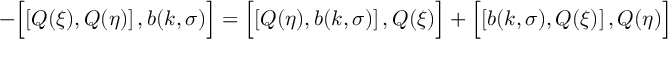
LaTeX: - \Bigl [ \left[ Q ( \xi ) , Q ( \eta ) \right] , b ( k , \sigma ) \Bigr ] = \Bigl [ \left[ Q ( \eta ) , b ( k , \sigma ) \right] , Q ( \xi ) \Bigr ] + \Bigl [ \left[ b ( k , \sigma ) , Q ( \xi ) \right] , Q ( \eta ) \Bigr ]